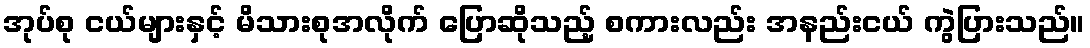
အုပ်စု ငယ်များနှင့် မိသားစုအလိုက် ပြောဆိုသည့် စကားလည်း အနည်းငယ် ကွဲပြားသည်။